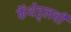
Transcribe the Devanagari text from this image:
कॅथेड्र्लची